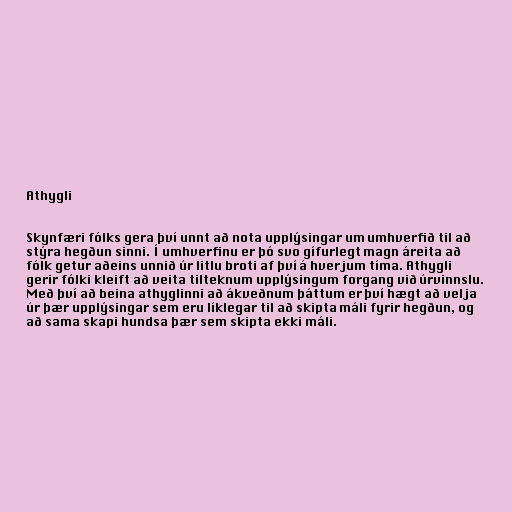
Athygli

Skynfæri fólks gera því unnt að nota upplýsingar um umhverfið til að
stýra hegðun sinni. Í umhverfinu er þó svo gífurlegt magn áreita að
fólk getur aðeins unnið úr litlu broti af því á hverjum tíma. Athygli
gerir fólki kleift að veita tilteknum upplýsingum forgang við úrvinnslu.
Með því að beina athyglinni að ákveðnum þáttum er því hægt að velja
úr þær upplýsingar sem eru líklegar til að skipta máli fyrir hegðun, og
að sama skapi hundsa þær sem skipta ekki máli.